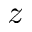
z